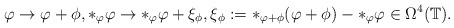
\begin{gather*}\varphi\rightarrow\varphi+\phi,*_\varphi\varphi\rightarrow *_\varphi\varphi+\xi_{\phi},\xi_{\phi}:= *_{\varphi+\phi}(\varphi+\phi)-*_\varphi\varphi \in\Omega^4 (\mathbb{T} ).\end{gather*}